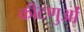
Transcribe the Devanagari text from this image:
कीटणुओं